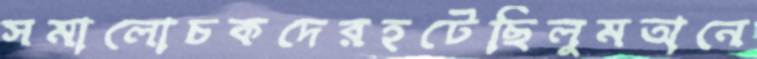
সমালোচকদেরহটেছিলুমঅনে